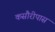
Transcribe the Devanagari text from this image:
कसौरीपास